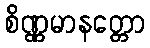
စိဏ္ဏမာနတ္တော